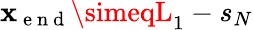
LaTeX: \mathbf{x}_{\mathrm{{~e~n~d~}}}\simeqL_{1}-s_{N}